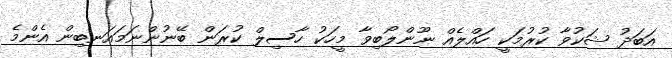
އަބަދު ޝަކުވާ ކުރުމަކީ ހައްލެއް ނޫންލޯބިވާ މީހަކު ހާސިލް ކުރަން ބޭނުންނަމައަނބިން އެންމެ